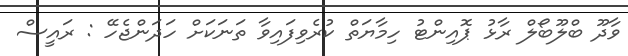
ވާދޫ ބްލޫބޯލް ރާޅު ޕޮއިންޓު ހިމާޔަތް ކުރެވިފައިވާ ތަނަކަށް ހަދަންޖެހޭ : ރައީސް